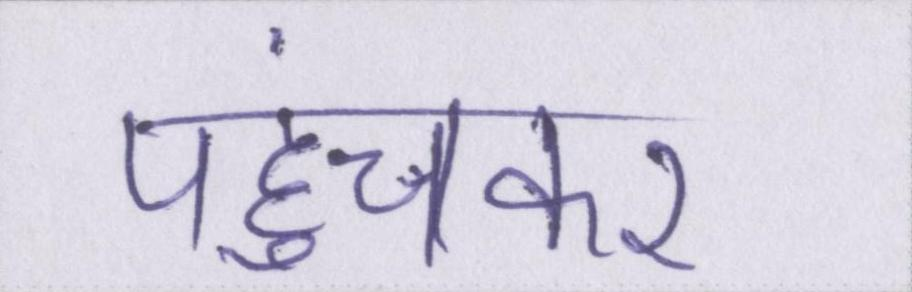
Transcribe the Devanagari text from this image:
पहुंचकर